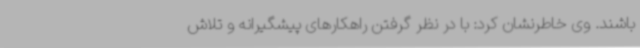
باشند. وی خاطرنشان کرد: با در نظر گرفتن راهکارهای پیشگیرانه و تلاش